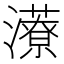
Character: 𱪁